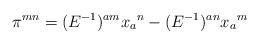
LaTeX: \begin{align*}\pi ^{mn} = (E^{-1})^{am} x_a{}^n - (E^{-1})^{an} x_a{}^m\end{align*}